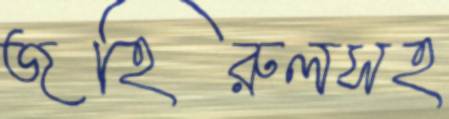
জহিরুলসহ